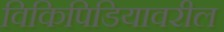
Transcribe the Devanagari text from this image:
विकिपिडियावरील